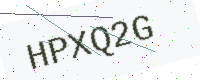
Text: HPXQ2G